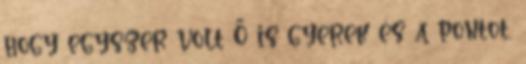
hogy egyszer volt Ő is gyerek és a pontot,